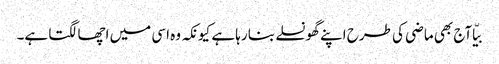
بیّا آج بھی ماضی کی طرح اپنے گھونسلے بنا رہا ہے کیونکہ وہ اسی میں اچھا لگتا ہے۔